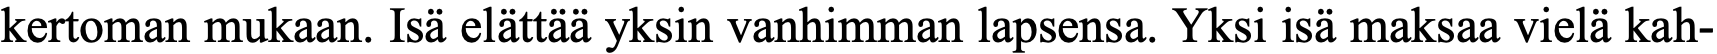
kertoman mukaan. Isä elättää yksin vanhimman lapsensa. Yksi isä maksaa vielä kah-